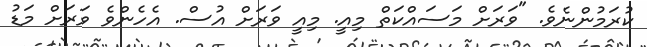
ކުރަމުންނެވެ. "ވަރަށް މަސައްކަތް މިއީ. މިއީ ވަރަށް އުސް. އެހެންވެ ވަރަށް މަޑު